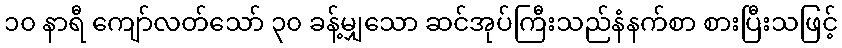
၁၀ နာရီ ကျော်လတ်သော် ၃၀ ခန့်မျှသော ဆင်အုပ်ကြီးသည်နံနက်စာ စားပြီးသဖြင့်